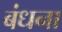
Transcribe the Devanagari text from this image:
बंधना